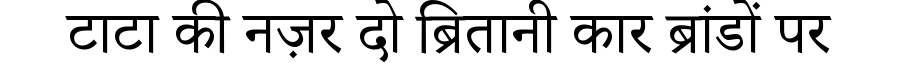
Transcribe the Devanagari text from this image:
टाटा की नज़र दो ब्रितानी कार ब्रांडों पर